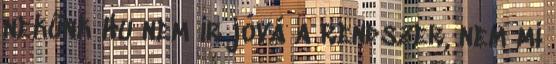
nekünk Hu nem ír jóvá a rendszer, nem mi